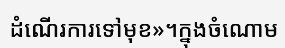
ដំណើរការទៅមុខ»។ក្នុងចំណោម